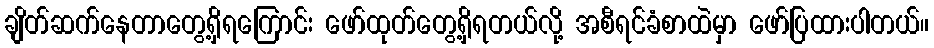
ချိတ်ဆက်နေတာတွေ့ရှိရကြောင်း ဖော်ထုတ်တွေ့ရှိရတယ်လို့ အစီရင်ခံစာထဲမှာ ဖော်ပြထားပါတယ်။